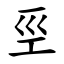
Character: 巠